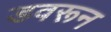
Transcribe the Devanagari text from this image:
डवरून